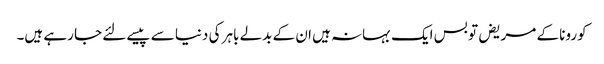
کورونا کے مریض تو بس ایک بہانہ ہیں ان کے بدلے باہر کی دنیا سے پیسے لئے جا رہے ہیں۔